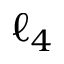
\ell _ { 4 }